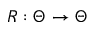
R : \Theta \to \Theta